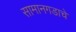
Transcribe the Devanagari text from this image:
सामानगडाचे